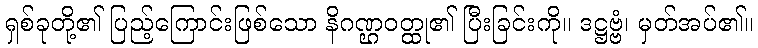
ရှစ်ခုတို့၏ ပြည့်ကြောင်းဖြစ်သော နိဂဏ္ဌဝတ္ထု၏ ပြီးခြင်းကို။ ဒဋ္ဌဗ္ဗံ၊ မှတ်အပ်၏။